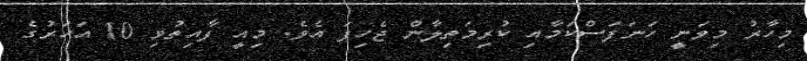
މިހާރު މިވަނީ ހަނަފަސްކަމާއި ކުރިމަތިލާން ޖެހިފަ އެވެ. މިއީ ފާއިތުވި 10 އަހަރުގެ